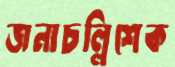
জনাচল্লিশেক